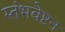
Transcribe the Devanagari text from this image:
स्तंभवेष्टन